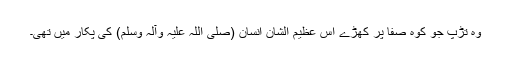
وہ تڑپ جو کوہ صفا پر کھڑے اس عظیم الشان انسان (صلی اللہ علیہ وآلہ وسلم) کی پکار میں تھی۔